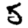
Digit: 5